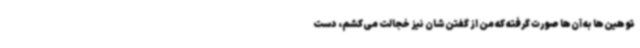
توهین‌ها به آن‌ها صورت گرفته که من از گفتن‌شان نیز خجالت می‌کشم، دست